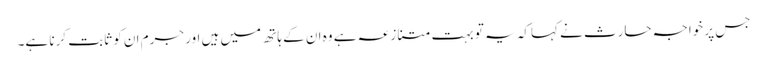
جس پر خواجہ حارث نے کہاکہ یہ تو بہت متنازعہ ہے وہ ان کے ہاتھ میں ہیں اور جرم ان کو ثابت کرنا ہے۔